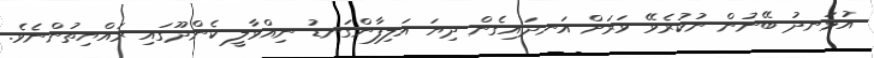
އުޅަނދު ބޭނުން ނުކުރެވޭ ވަރަށް އަނދައިގެން ދިޔަ އަލިފާންގަނޑު ނިއްވާލީ ކެންދޫގައި ރައްޔިތުންނެވެ.